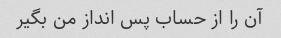
آن را از حساب پس انداز من بگیر